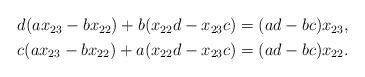
LaTeX: \begin{align*}\begin{aligned}d(ax_{23} - bx_{22}) + b(x_{22}d-x_{23}c) &= (ad-bc)x_{23}, \\c(ax_{23} - bx_{22}) + a(x_{22}d-x_{23}c) &= (ad-bc)x_{22}.\end{aligned}\end{align*}